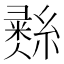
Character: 𦄳